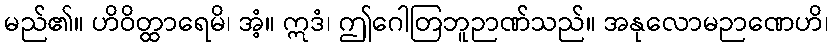
မည်၏။ ဟိဝိတ္ထာရေမိ၊ အံ့။ ဣဒံ၊ ဤဂေါတြဘူဉာဏ်သည်။ အနုလောမဉာဏေဟိ၊